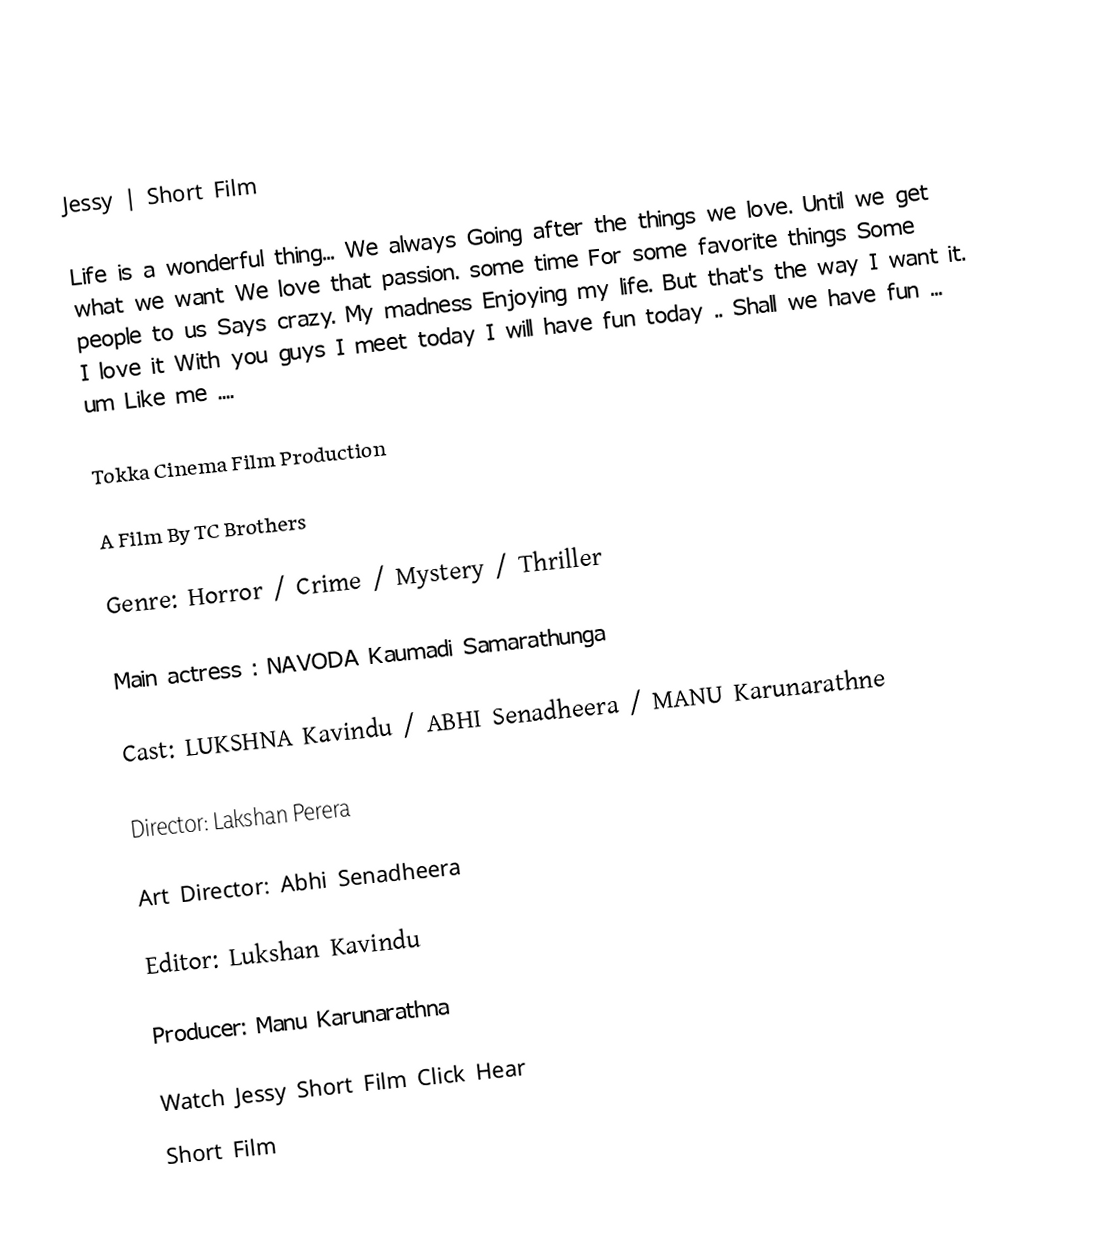

Jessy | Short Film

Life is a wonderful thing... We always Going after the things we love. Until we get what we want We love that passion. some time For some favorite things Some people to us Says crazy. My madness Enjoying my life. But that's the way I want it. I love it With you guys I meet today I will have fun today .. Shall we have fun ... um Like me ....

Tokka Cinema Film Production

A Film By TC Brothers

Genre: Horror / Crime / Mystery / Thriller

Main actress : NAVODA Kaumadi Samarathunga

Cast: LUKSHNA Kavindu / ABHI Senadheera / MANU Karunarathne

Director: Lakshan Perera

Art Director: Abhi Senadheera

Editor: Lukshan Kavindu

Producer: Manu Karunarathna

Watch Jessy Short Film Click Hear
Short Film